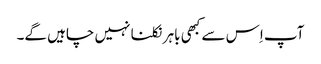
آپ اِس سے کبھی باہر نکلنا نہیں چاہیں گے۔